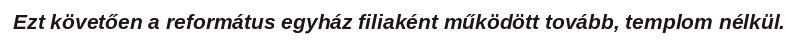
Ezt követően a református egyház filiaként működött tovább, templom nélkül.